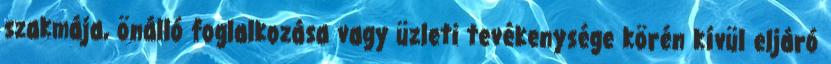
szakmája, önálló foglalkozása vagy üzleti tevékenysége körén kívül eljáró